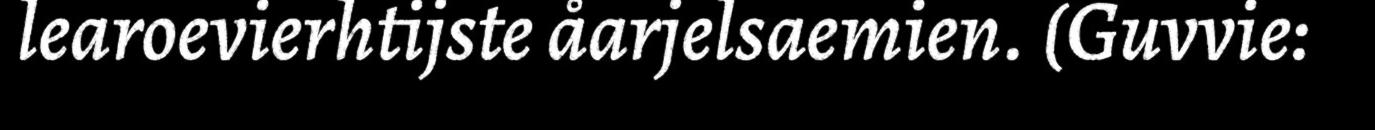
learoevierhtijste åarjelsaemien. (Guvvie: